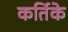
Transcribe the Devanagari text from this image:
कर्तिके